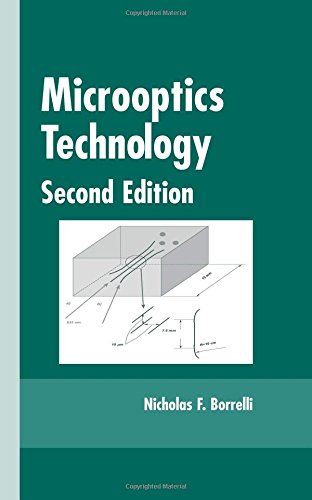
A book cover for Microoptics Technology: Fabrication and Applications of Lens Arrays and Devices (Optical Science and Engineering); Nicholas F. Borrelli; Science & Math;